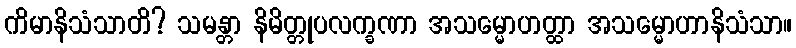
ကိမာနိသံသာတိ? သမန္တာ နိမိတ္တုပလက္ခဏာ အသမ္မောဟတ္ထာ အသမ္မောဟာနိသံသာ။